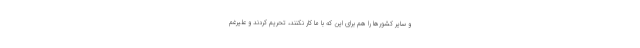
و سایر کشورها را هم برای این که با ما کار نکنند، تحریم کردند و علیرغم